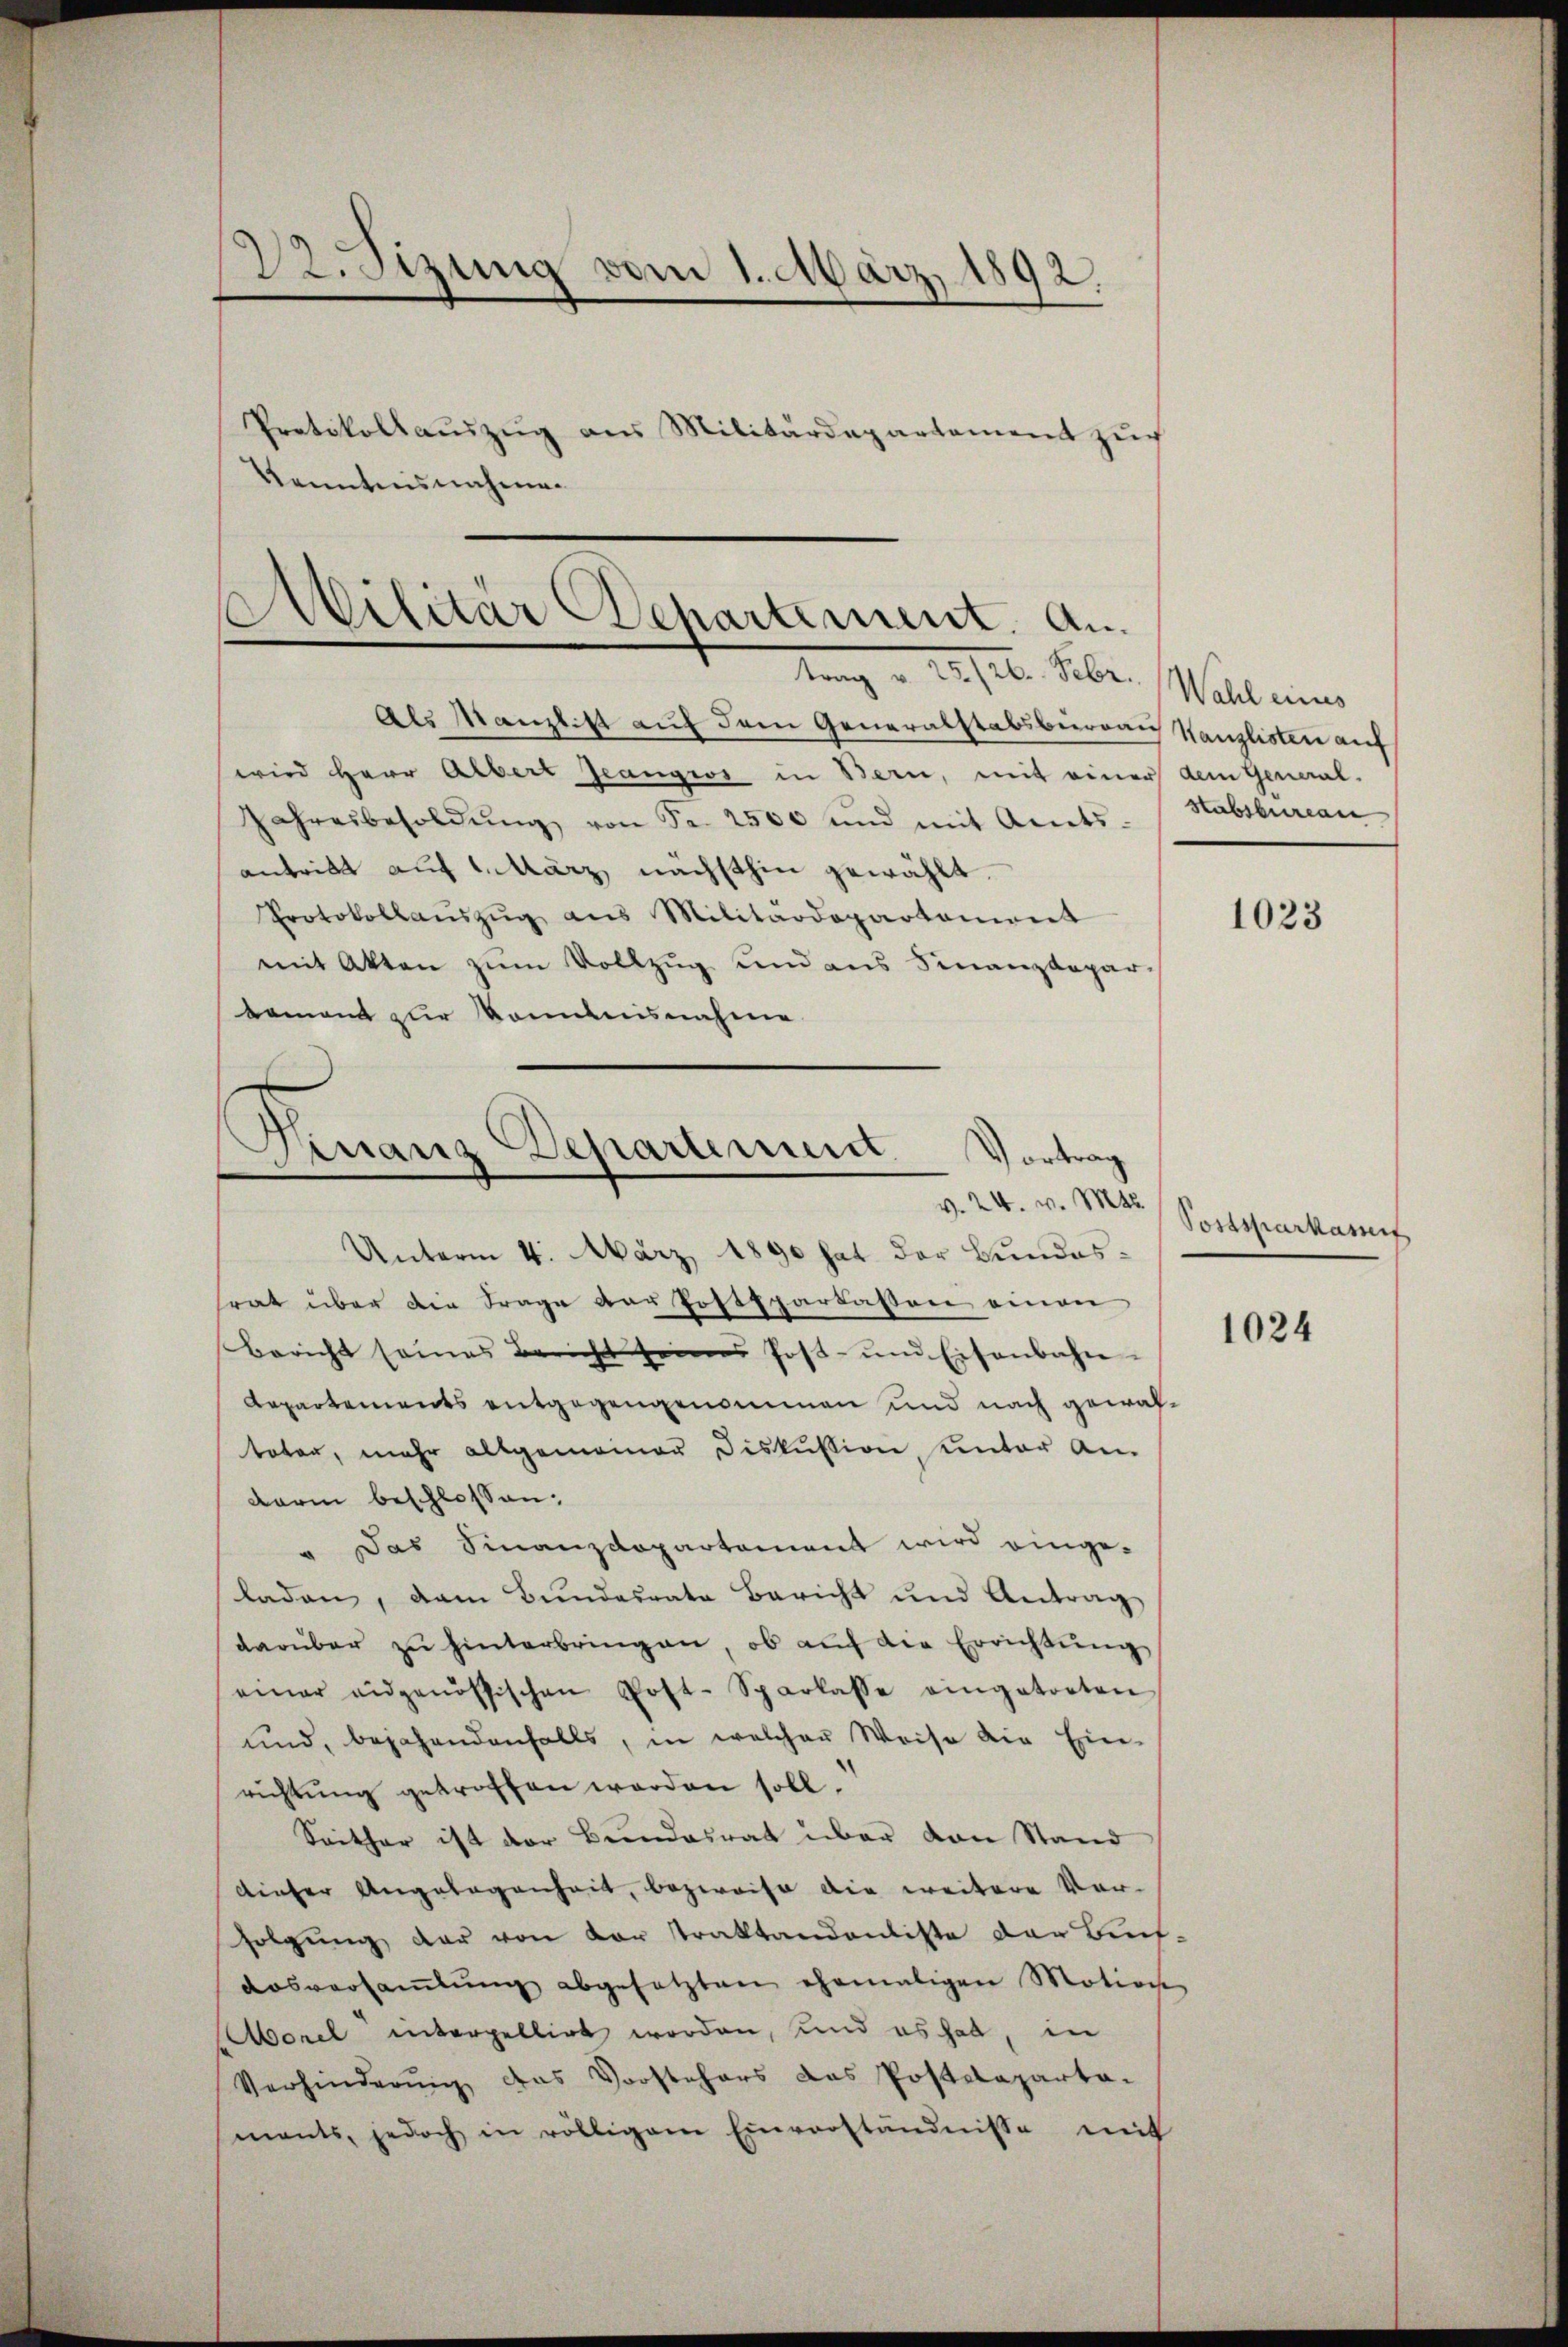
22. Setzung vom 1. März 1892,

Protokollauszug aus Militärdepartament zŭr
Kenntnisnahmen

s
¬
Militär Departement. An
Kunz u. 221. Febr. Wahl eines

Als Kanzlist auf dem Generalstabsbureau Kanzlisten auf
wird Herr Albert Jeangios in Bern, mit einer dem General-
Jahresbesoldŭng von Fr. 2500 und mit Amts-
antritt auf 1. März nächsthin gewählt.
Protokollaŭszŭg aŭs Militärdepartament
mit Akten zum Vollzug und aus Finanzdepar-
demand zur kommnisnahme

Finanz-Departement.
Vortrag
v. 24. v. Mtt.

Unterm 4. März 1890 hat der Bundestrat über die Frage der Postppartassen einen
Bericht seines Bericht seines Post- und Eisenbahn-
Repartements entgegengenommen und nach gewaltoten, mehr allgemeiner Diskussion, unter An
darin beschlossen:
Das Finanzdepartement wird einge¬
.
laden, dem Bundesrate Bericht und Antrag
darüber zu hinterbringen, ob auf die Errichtung
einer eidgenössischen Post-Sparlasse eingetreten
und, bejahendenfalls, in welcher Weise die Ein-
richtung getroffen worden soll.
Seither ist der Bundesrat über von Stand
dieser Angelegenheit, bezweife die weitere Vor-
folgŭng der von der traktandenliste der Auf-
Aosversammlung abgesetzten ehemaligen Motion
Morel interpellirt worden, und es hat, in
Verhinderŭng das Vorstehers das Postdeparta-
mants, jedoch in völligem Einverständnisse mit

Habsbureau

1023

Postsparkasse

1024